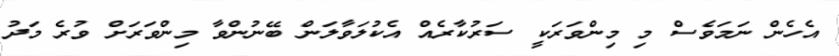
އެހެން ނަމަވެސް މި މިންވަރަކީ ސަރުކާރެއް އެކުލަވާލަން ބޭނުންވާ މިންވަރަށް ވުރެ މަދު